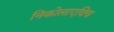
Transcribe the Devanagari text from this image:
निकोलाएविच